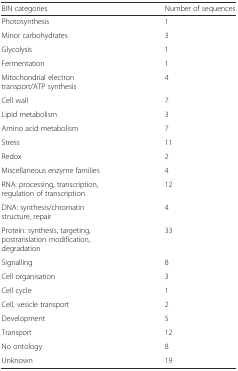
<table><thead><tr><td><b>BIN categories</b></td><td><b>Number of sequences</b></td></tr></thead><tbody><tr><td>Photosynthesis</td><td>1</td></tr><tr><td>Minor carbohydrates</td><td>3</td></tr><tr><td>Glycolysis</td><td>1</td></tr><tr><td>Fermentation</td><td>1</td></tr><tr><td>Mitochondrial electron transport/ATP synthesis</td><td>4</td></tr><tr><td>Cell wall</td><td>7</td></tr><tr><td>Lipid metabolism</td><td>3</td></tr><tr><td>Amino acid metabolism</td><td>7</td></tr><tr><td>Stress</td><td>11</td></tr><tr><td>Redox</td><td>2</td></tr><tr><td>Miscellaneous enzyme families</td><td>4</td></tr><tr><td>RNA: processing, transcription, regulation of transcription</td><td>12</td></tr><tr><td>DNA: synthesis/chromatin structure, repair</td><td>4</td></tr><tr><td>Protein: synthesis, targeting, postranslation modification, degradation</td><td>33</td></tr><tr><td>Signalling</td><td>8</td></tr><tr><td>Cell organisation</td><td>3</td></tr><tr><td>Cell cycle</td><td>1</td></tr><tr><td>Cell, vesicle transport</td><td>2</td></tr><tr><td>Development</td><td>5</td></tr><tr><td>Transport</td><td>12</td></tr><tr><td>No ontology</td><td>8</td></tr><tr><td>Unknown</td><td>19</td></tr></tbody></table>